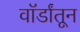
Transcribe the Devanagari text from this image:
वॉर्डांतून